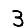
Digit: 3